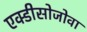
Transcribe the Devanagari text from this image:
एक्डीसोजोवा